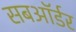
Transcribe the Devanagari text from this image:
सबऑर्डर